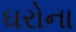
ઘરોના